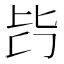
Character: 𣬃